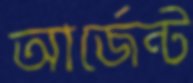
আর্জেন্ট